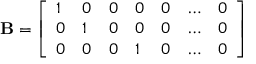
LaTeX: \mathbf { B } = { \left[ \begin{array} { l l l l l l l } { 1 } & { 0 } & { 0 } & { 0 } & { 0 } & { \ldots } & { 0 } \\ { 0 } & { 1 } & { 0 } & { 0 } & { 0 } & { \ldots } & { 0 } \\ { 0 } & { 0 } & { 0 } & { 1 } & { 0 } & { \ldots } & { 0 } \end{array} \right] }